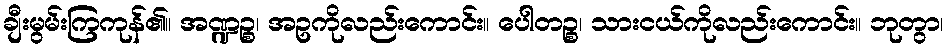
ချီးမွမ်းကြကုန်၏။ အဏ္ဍဉ္စ၊ အဥကိုလည်းကောင်း။ ပေါတဉ္စ၊ သားငယ်ကိုလည်းကောင်း။ ဘုတွာ၊